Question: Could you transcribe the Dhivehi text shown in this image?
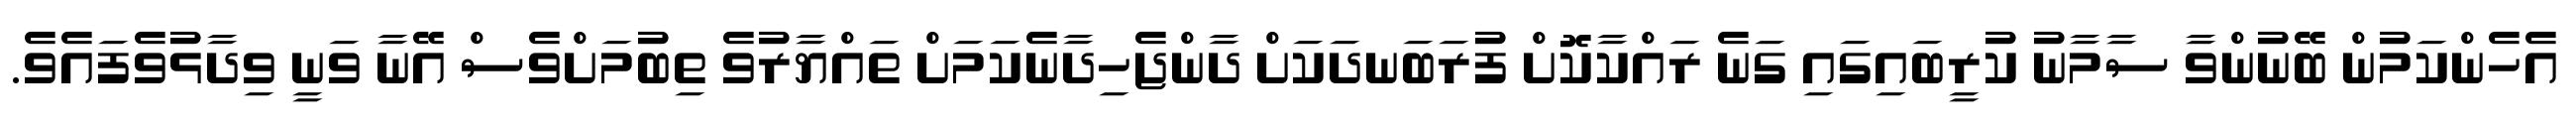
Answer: އެހެންކަމުން ބޭނުންވާ ސާމާނު ކުރީބައިގައި ގަނެ ރައްކާކޮށް ފުރަބަނދަކަށް ދާންޖެހިދާނެކަމަށް ތައްޔާރުވެ ތިބުމަށްވެސް އޭނާ ވަނީ ވިދާޅުވެފައެވެ.